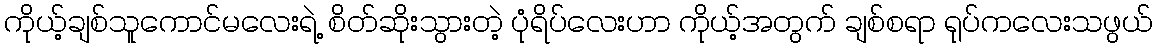
ကိုယ့်ချစ်သူကောင်မလေးရဲ့ စိတ်ဆိုုးသွားတဲ့ ပုံရိပ်လေးဟာ ကိုယ့်အတွက် ချစ်စရာ ရုပ်ကလေးသဖွယ်